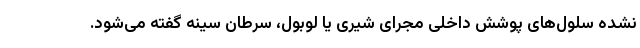
نشده سلول‌های پوشش داخلی مجرای شیری یا لوبول، سرطان سینه گفته می‌شود.